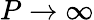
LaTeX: P\rightarrow\infty